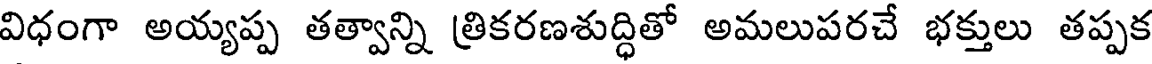
విధంగా అయ్యప్ప తత్వాన్ని త్రికరణశుద్ధితో అమలుపరచే భక్తులు తప్పక